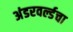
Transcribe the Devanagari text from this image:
अंडरवर्ल्डचा